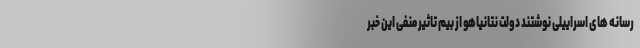
رسانه های اسراییلی نوشتند دولت نتانیاهو از بیم تاثیر منفی این خبر